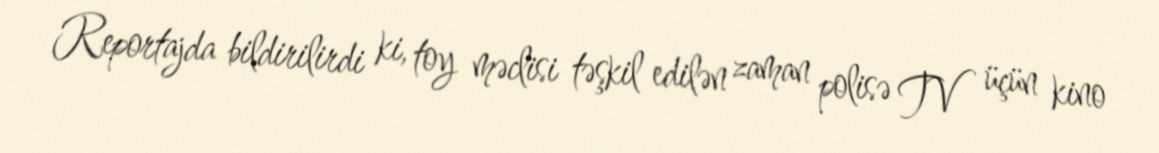
Reportajda bildirilirdi ki, toy məclisi təşkil edilən zaman polisə TV üçün kino